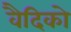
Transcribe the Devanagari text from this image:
वैदिको